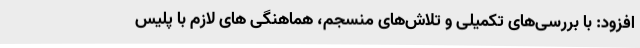
افزود: با بررسی‌های تکمیلی و تلاش‌های منسجم، هماهنگی های لازم با پلیس